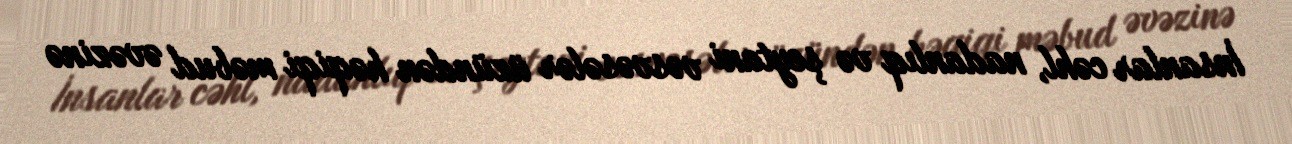
İnsanlar cəhl, nadanlıq və şeytani vəsvəsələr üzündən həqiqi məbud əvəzinə